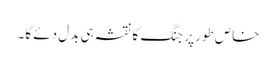
خاص طور پر جنگ کا نقشہ ہی بدل دئے گا۔